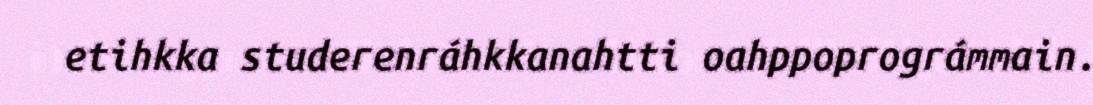
etihkka studerenráhkkanahtti oahppoprográmmain.